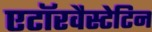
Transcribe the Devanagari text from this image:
एटॉरवैस्टेटिन